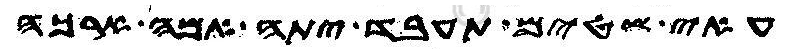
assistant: עאי שטים תעבד יתה אמה ארכה